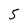
Character: 5